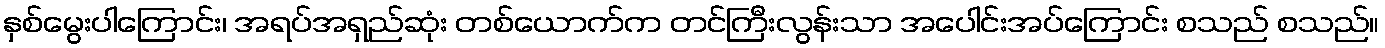
နှစ်မွေးပါကြောင်း၊ အရပ်အရှည်ဆုံး တစ်ယောက်က တင်ကြီးလွန်းသာ အပေါင်းအပ်ကြောင်း စသည် စသည်။